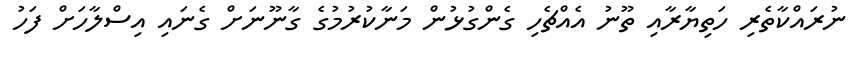
ނުރައްކާތެރި ހަތިޔާރާއި ތޫނު އެއްޗެހި ގެންގުޅުން މަނާކުރުމުގެ ގާނޫނަށް ގެނައި އިސްލާހަށް ފަހު